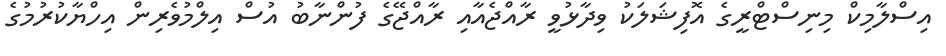
އިސްލާމިކް މިނިސްޓްރީގެ އޮފިޝަލަކު ވިދާޅުވީ ރާއްޖެއާއި ރާއްޖޭގެ ފުންނާބު އުސް އިލްމުވެރިން އިހްޔާކުރުމުގެ